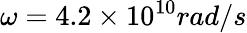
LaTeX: \omega=4.2\times 10^{10}rad/s